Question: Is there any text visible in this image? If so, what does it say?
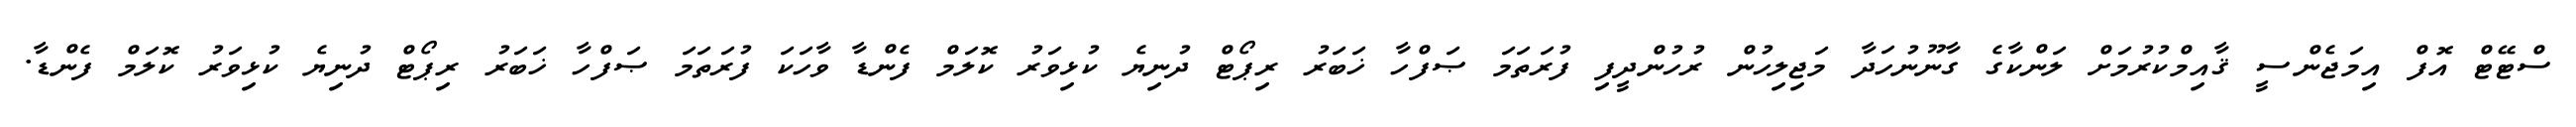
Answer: ސްޓޭޓް އޮފް އިމަޖެންސީ ޤާއިމްކުރުމަށް ލަންކާގެ ގާނޫނުހަދާ މަޖިލިހުން ރުހުންދީފި ފުރަތަމަ ޞަފްހާ ޚަބަރު ރިޕޯޓް ދުނިޔެ ކުޅިވަރު ކޮލަމް ފެންޑާ ވާހަކަ ފުރަތަމަ ޞަފްހާ ޚަބަރު ރިޕޯޓް ދުނިޔެ ކުޅިވަރު ކޮލަމް ފެންޑާ.